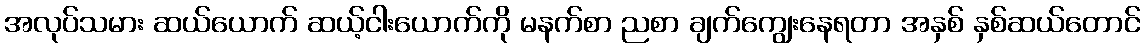
အလုပ်သမား ဆယ်ယောက် ဆယ့်ငါးယောက်ကို မနက်စာ ညစာ ချက်ကျွေးနေရတာ အနှစ် နှစ်ဆယ်တောင်